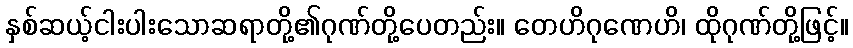
နှစ်ဆယ့်ငါးပါးသောဆရာတို့၏ဂုဏ်တို့ပေတည်း။ တေဟိဂုဏေဟိ၊ ထိုဂုဏ်တို့ဖြင့်။